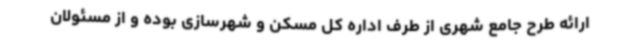
ارائه طرح جامع شهری از طرف اداره کل مسکن و شهرسازی بوده و از مسئولان